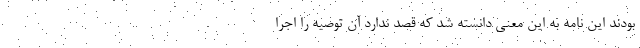
بودند این نامه به این معنی دانسته شد که قصد ندارد آن توصیه را اجرا